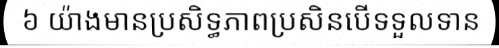
៦ យ៉ាងមានប្រសិទ្ធភាពប្រសិនបើទទួលទាន